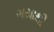
ગયાથી